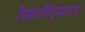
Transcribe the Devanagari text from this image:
रेखानिर्माण